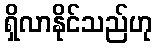
ရှိလာနိုင်သည်ဟု